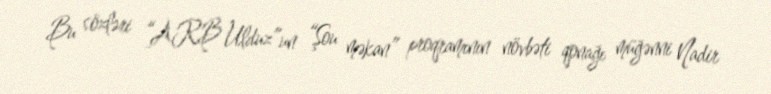
Bu sözləri “ARB Ulduz”un “Şou məkan” proqramının növbəti qonağı müğənni Nadir